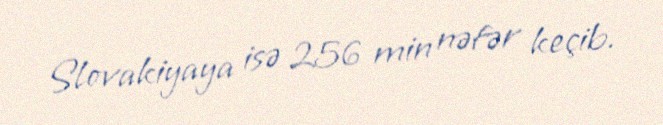
Slovakiyaya isə 256 min nəfər keçib.